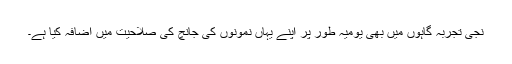
نجی تجربہ گاہوں میں بھی یومیہ طور پر اپنے یہاں نمونوں کی جانچ کی صلاحیت میں اضافہ کیا ہے۔